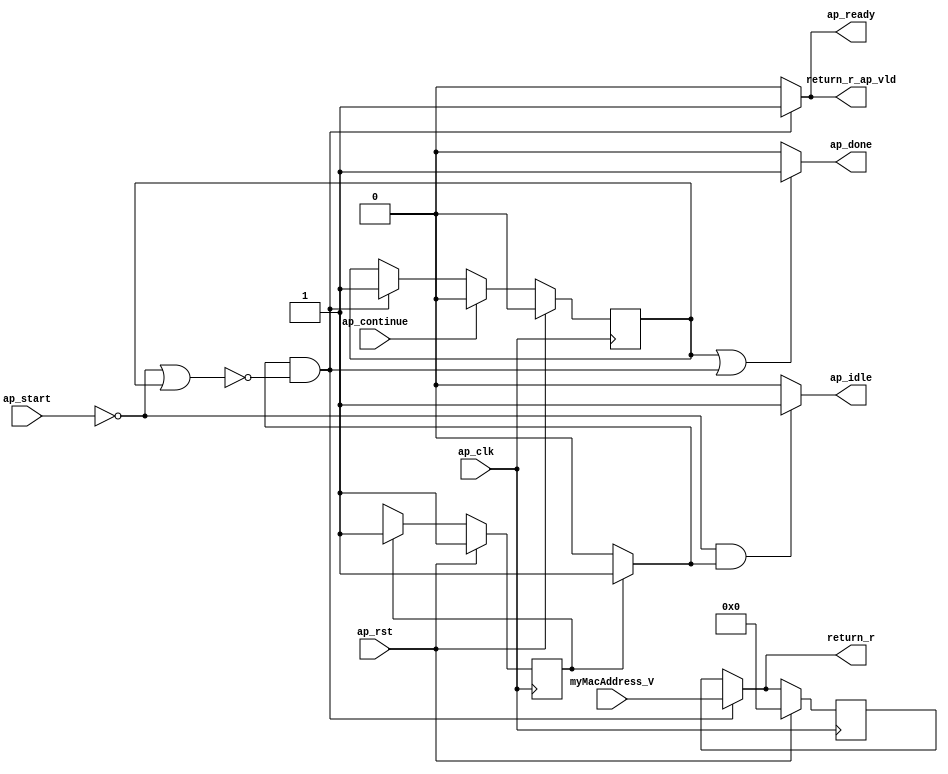
// ==============================================================
// RTL generated by Vivado(TM) HLS - High-Level Synthesis from C, C++ and SystemC
// Version: 2015.1
// Copyright (C) 2015 Xilinx Inc. All rights reserved.
// 
// ===========================================================

`timescale 1 ns / 1 ps 

module dhcp_client_Block_codeRepl_proc253 (
        ap_clk,
        ap_rst,
        ap_start,
        ap_done,
        ap_continue,
        ap_idle,
        ap_ready,
        return_r,
        return_r_ap_vld,
        myMacAddress_V
);

parameter    ap_const_logic_1 = 1'b1;
parameter    ap_const_logic_0 = 1'b0;
parameter    ap_ST_st1_fsm_0 = 1'b1;
parameter    ap_const_lv32_0 = 32'b00000000000000000000000000000000;
parameter    ap_const_lv1_1 = 1'b1;
parameter    ap_const_lv48_0 = 48'b000000000000000000000000000000000000000000000000;
parameter    ap_true = 1'b1;

input   ap_clk;
input   ap_rst;
input   ap_start;
output   ap_done;
input   ap_continue;
output   ap_idle;
output   ap_ready;
output  [47:0] return_r;
output   return_r_ap_vld;
input  [47:0] myMacAddress_V;

reg ap_done;
reg ap_idle;
reg ap_ready;
reg[47:0] return_r;
reg return_r_ap_vld;
reg    ap_done_reg = 1'b0;
(* fsm_encoding = "none" *) reg   [0:0] ap_CS_fsm = 1'b1;
reg    ap_sig_cseq_ST_st1_fsm_0;
reg    ap_sig_bdd_20;
reg    ap_sig_bdd_34;
reg   [47:0] return_r_preg = 48'b000000000000000000000000000000000000000000000000;
reg   [0:0] ap_NS_fsm;




/// the current state (ap_CS_fsm) of the state machine. ///
always @ (posedge ap_clk)
begin : ap_ret_ap_CS_fsm
    if (ap_rst == 1'b1) begin
        ap_CS_fsm <= ap_ST_st1_fsm_0;
    end else begin
        ap_CS_fsm <= ap_NS_fsm;
    end
end

/// ap_done_reg assign process. ///
always @ (posedge ap_clk)
begin : ap_ret_ap_done_reg
    if (ap_rst == 1'b1) begin
        ap_done_reg <= ap_const_logic_0;
    end else begin
        if ((ap_const_logic_1 == ap_continue)) begin
            ap_done_reg <= ap_const_logic_0;
        end else if (((ap_const_logic_1 == ap_sig_cseq_ST_st1_fsm_0) & ~ap_sig_bdd_34)) begin
            ap_done_reg <= ap_const_logic_1;
        end
    end
end

/// return_r_preg assign process. ///
always @ (posedge ap_clk)
begin : ap_ret_return_r_preg
    if (ap_rst == 1'b1) begin
        return_r_preg <= ap_const_lv48_0;
    end else begin
        if (((ap_const_logic_1 == ap_sig_cseq_ST_st1_fsm_0) & ~ap_sig_bdd_34)) begin
            return_r_preg <= myMacAddress_V;
        end
    end
end

/// ap_done assign process. ///
always @ (ap_done_reg or ap_sig_cseq_ST_st1_fsm_0 or ap_sig_bdd_34)
begin
    if (((ap_const_logic_1 == ap_done_reg) | ((ap_const_logic_1 == ap_sig_cseq_ST_st1_fsm_0) & ~ap_sig_bdd_34))) begin
        ap_done = ap_const_logic_1;
    end else begin
        ap_done = ap_const_logic_0;
    end
end

/// ap_idle assign process. ///
always @ (ap_start or ap_sig_cseq_ST_st1_fsm_0)
begin
    if ((~(ap_const_logic_1 == ap_start) & (ap_const_logic_1 == ap_sig_cseq_ST_st1_fsm_0))) begin
        ap_idle = ap_const_logic_1;
    end else begin
        ap_idle = ap_const_logic_0;
    end
end

/// ap_ready assign process. ///
always @ (ap_sig_cseq_ST_st1_fsm_0 or ap_sig_bdd_34)
begin
    if (((ap_const_logic_1 == ap_sig_cseq_ST_st1_fsm_0) & ~ap_sig_bdd_34)) begin
        ap_ready = ap_const_logic_1;
    end else begin
        ap_ready = ap_const_logic_0;
    end
end

/// ap_sig_cseq_ST_st1_fsm_0 assign process. ///
always @ (ap_sig_bdd_20)
begin
    if (ap_sig_bdd_20) begin
        ap_sig_cseq_ST_st1_fsm_0 = ap_const_logic_1;
    end else begin
        ap_sig_cseq_ST_st1_fsm_0 = ap_const_logic_0;
    end
end

/// return_r assign process. ///
always @ (ap_sig_cseq_ST_st1_fsm_0 or myMacAddress_V or ap_sig_bdd_34 or return_r_preg)
begin
    if (((ap_const_logic_1 == ap_sig_cseq_ST_st1_fsm_0) & ~ap_sig_bdd_34)) begin
        return_r = myMacAddress_V;
    end else begin
        return_r = return_r_preg;
    end
end

/// return_r_ap_vld assign process. ///
always @ (ap_sig_cseq_ST_st1_fsm_0 or ap_sig_bdd_34)
begin
    if (((ap_const_logic_1 == ap_sig_cseq_ST_st1_fsm_0) & ~ap_sig_bdd_34)) begin
        return_r_ap_vld = ap_const_logic_1;
    end else begin
        return_r_ap_vld = ap_const_logic_0;
    end
end
/// the next state (ap_NS_fsm) of the state machine. ///
always @ (ap_CS_fsm or ap_sig_bdd_34)
begin
    case (ap_CS_fsm)
        ap_ST_st1_fsm_0 : 
        begin
            ap_NS_fsm = ap_ST_st1_fsm_0;
        end
        default : 
        begin
            ap_NS_fsm = 'bx;
        end
    endcase
end


/// ap_sig_bdd_20 assign process. ///
always @ (ap_CS_fsm)
begin
    ap_sig_bdd_20 = (ap_CS_fsm[ap_const_lv32_0] == ap_const_lv1_1);
end

/// ap_sig_bdd_34 assign process. ///
always @ (ap_start or ap_done_reg)
begin
    ap_sig_bdd_34 = ((ap_start == ap_const_logic_0) | (ap_done_reg == ap_const_logic_1));
end


endmodule //dhcp_client_Block_codeRepl_proc253